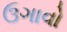
ઉગાવો